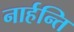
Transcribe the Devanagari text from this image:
नार्हन्ति